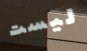
ليست